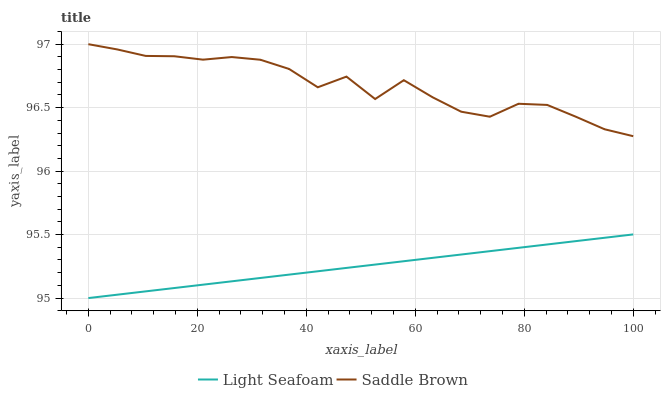
| xaxis_label | Light Seafoam | Saddle Brown |
 | --- | --- | --- |
 | 0 | 95 | 97 |
 | 5.26 | 95 | 97 |
 | 10.5 | 95.1 | 96.9 |
 | 15.8 | 95.1 | 96.9 |
 | 21.1 | 95.1 | 96.9 |
 | 26.3 | 95.1 | 96.9 |
 | 31.6 | 95.2 | 96.9 |
 | 36.8 | 95.2 | 96.8 |
 | 42.1 | 95.2 | 96.7 |
 | 47.4 | 95.2 | 96.7 |
 | 52.6 | 95.3 | 96.6 |
 | 57.9 | 95.3 | 96.7 |
 | 63.2 | 95.3 | 96.6 |
 | 68.4 | 95.3 | 96.5 |
 | 73.7 | 95.4 | 96.4 |
 | 78.9 | 95.4 | 96.5 |
 | 84.2 | 95.4 | 96.5 |
 | 89.5 | 95.4 | 96.4 |
 | 94.7 | 95.5 | 96.3 |
 | 100 | 95.5 | 96.3 |